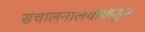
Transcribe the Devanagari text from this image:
संचालनालयाकडून